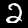
Digit: 2